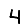
Digit: 4